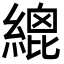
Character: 𦃋